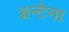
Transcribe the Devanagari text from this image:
ॲन्टेना